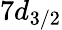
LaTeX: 7d_{3/2}